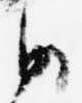
御